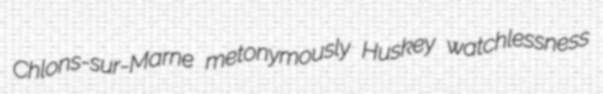
Chlons-sur-Marne metonymously Huskey watchlessness